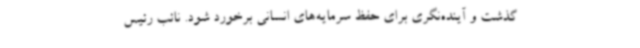
گذشت و آینده‌نگری برای حفظ سرمایه‌های انسانی برخورد شود. نائب رئیس